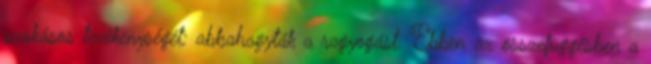
szokásos tevékenységét: abbahagyták a ragyogást. Ebben az összefüggésben a